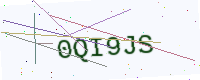
Text: 0QI9JS